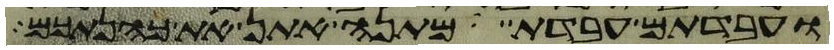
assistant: ועבדתם עבדת מתנה אתן את כהנתכם